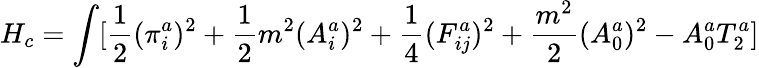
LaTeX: H_{c}=\int[\frac{1}{2}(\pi_{i}^{a})^{2}+\frac{1}{2}m^{2}(A_{i}^{a})^{2}+\frac{1}{4}(F_{ij}^{a})^{2}+\frac{m^{2}}{2}(A_{0}^{a})^{2}-A_{0}^{a}T_{2}^{a}]